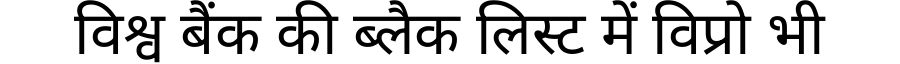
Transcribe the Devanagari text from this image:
विश्व बैंक की ब्लैक लिस्ट में विप्रो भी